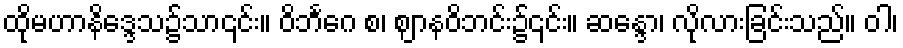
ထိုမဟာနိဒ္ဒေသ၌သာ၎င်း။ ဝိဘင်္ဂေ စ၊ ဈာနဝိဘင်း၌၎င်း။ ဆန္ဒော၊ လိုလားခြင်းသည်။ ဝါ၊